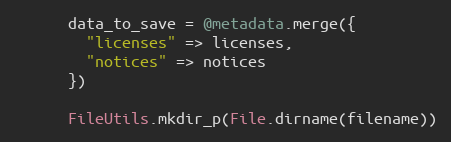
Language: Ruby
      data_to_save = @metadata.merge({
        "licenses" => licenses,
        "notices" => notices
      })

      FileUtils.mkdir_p(File.dirname(filename))